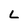
Character: L